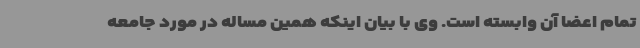
تمام اعضا آن وابسته است. وی با بیان اینکه همین مساله در مورد جامعه